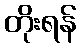
တိုးရန်